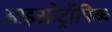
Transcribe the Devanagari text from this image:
आइसोट्रॉपिक